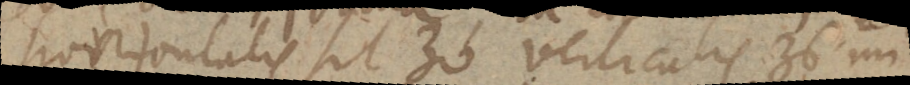
horizontalis sit 30 verticalis 36 mi